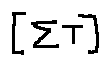
[ \sum T ]